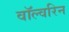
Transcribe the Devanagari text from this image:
वॉल्वरिन